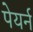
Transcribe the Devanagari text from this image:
पेयर्न